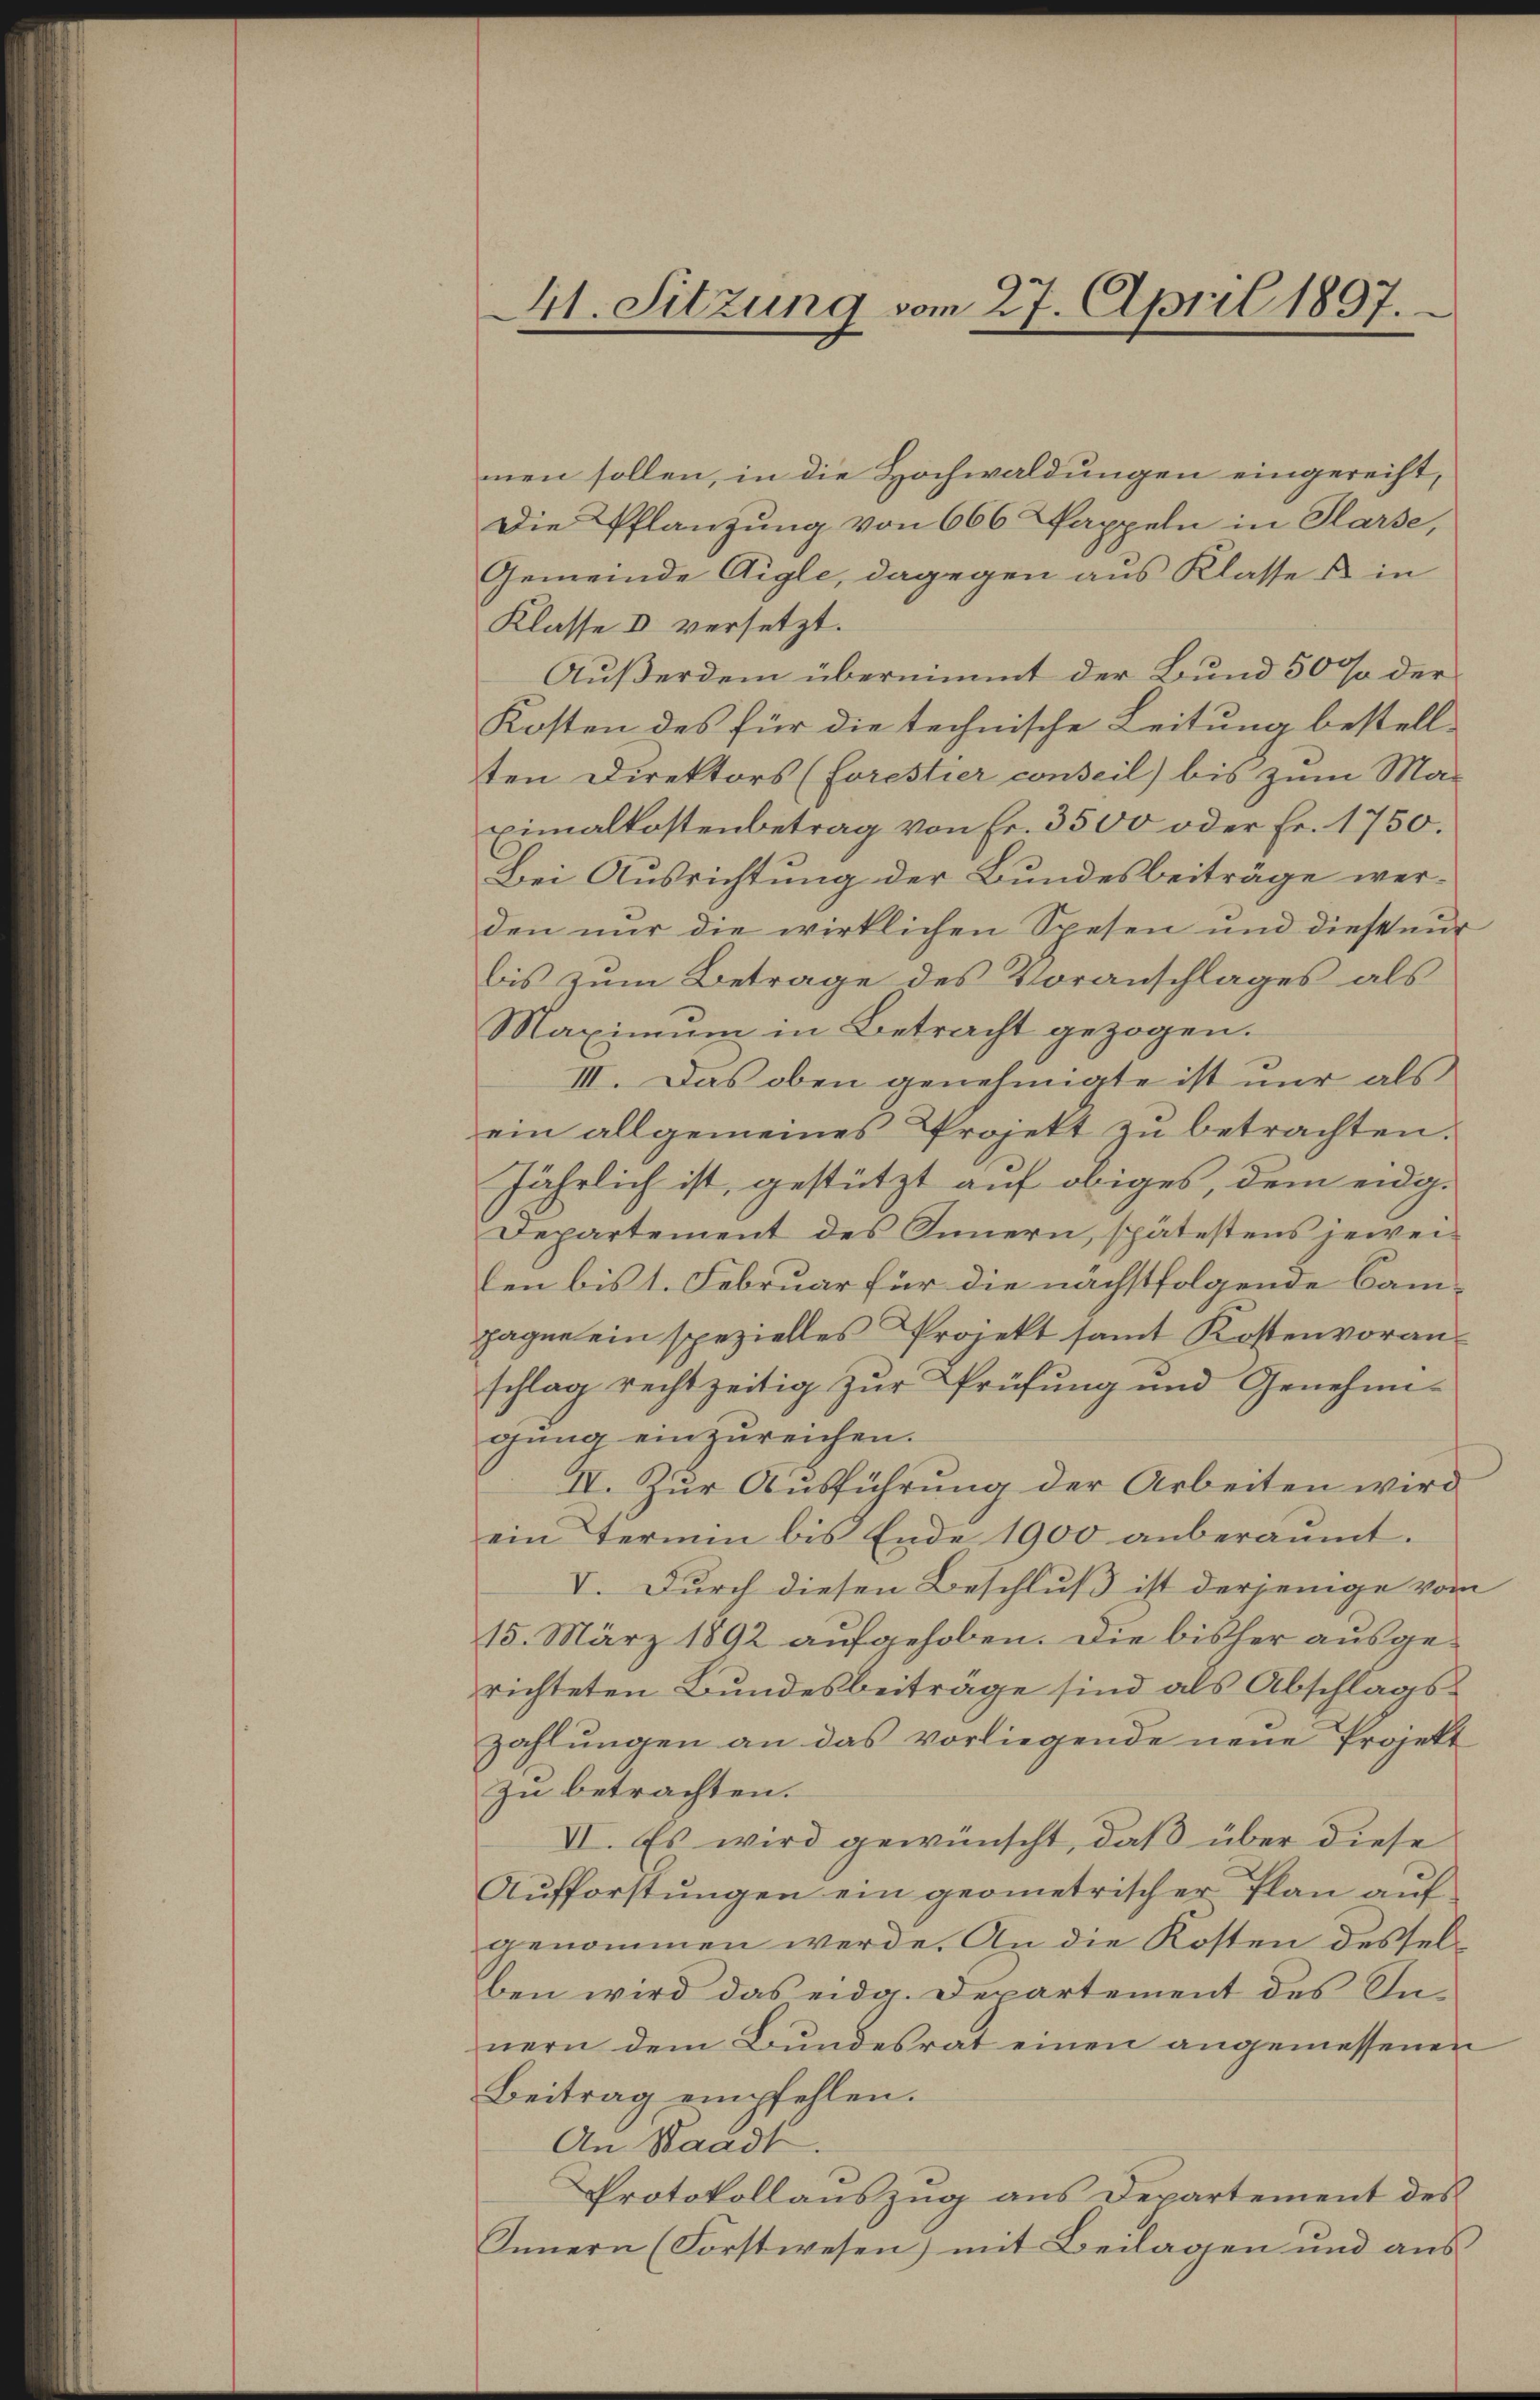
41. Sitzung vom 27. April 1897.

men sollen, in die Hochwaldungen eingerecht,
Die Pflanzung von 666 Pappeln in Slarse,
Gemeinde Aigle, dagegen aus Klasse & in
Klasse & versetzt.
Außerdem übernimmt der Bund 50 % der
Kosten des für die technische Leitung bestell-
ten Direktors (forestier conseil) bis zum Ma-
Eimalkostenbetrag von Fr. 3500 oder Fr. 1750.
Bei Ausrichtung der Bundesbeiträge werden nur die wirklichen Spesen und diesseur
bis zum Betrage des Voranschlages als
Maximum in Betracht gezogen.
III. Das oben genehmigte ist nur als
ein allgemeines Projekt zŭ betrachten.
Jährlich ist, gestützt auf obiges, dem eidg.
Departement des Innern, spätestens jeweilen bis 1. Februar für die nächstfolgende Cam-
pagne ein spezielles Projekt samt Kostenvoranschlag rechtzeitig zur Prüfung und Genehmi-
gung einzureichen.
IV. Zur Ausführung der Arbeiten wird
ein Termin bis Ende 1900 anberaumt.
V. Durch diesen Beschluß ist derjenige vom
15. März 1892 aufgehoben. Die bisher ausgerichteten Bundesbeiträge sind als Abschlagszahlungen an das vorliegende neue Projekt
Zu betrachten.
VI. Es wird gewünscht, daß über diese
Aufforstungen ein geometrischer Plan auf
genommen werde. An die Kosten desselben wird das eidg. Departement des Innern dem Bundesrat einen angemessenen
Beitrag empfehlen.
An Waadt.
Protokollauszug aus Departement des
Innern (Forstwesen) mit Beilagen und aus